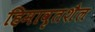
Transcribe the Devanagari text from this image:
हिमावृतशैल